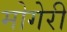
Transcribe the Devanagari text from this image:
मोगेरी